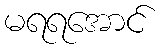
မရရအောင်